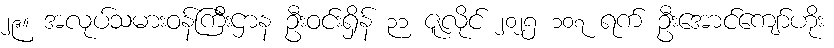
၂၉။ အလုပ်သမားဝန်ကြီးဌာန ဦးဝင်းရှိန် ၃၁ ဇူလိုင် ၂၀၂၅ ၁၀၇ ရက် ဦးအောင်ကျော်ဟိုး